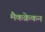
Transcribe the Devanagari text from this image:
मैकक्रेकन